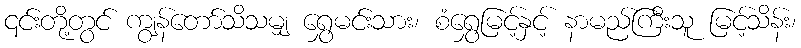
၎င်းတို့တွင် ကျွန်တော်သိသမျှ ရွှေမင်းသား၊ စံရွှေမြင့်နှင့် နာမည်ကြီးသူ မြင့်သိန်း၊